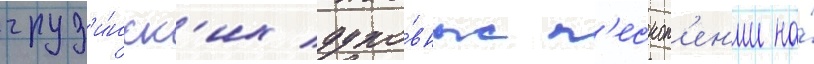
груз'и́нск'их духо́вных п'есноп'ен'ии на́